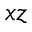
x z